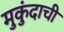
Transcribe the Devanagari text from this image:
मुकुंदाची